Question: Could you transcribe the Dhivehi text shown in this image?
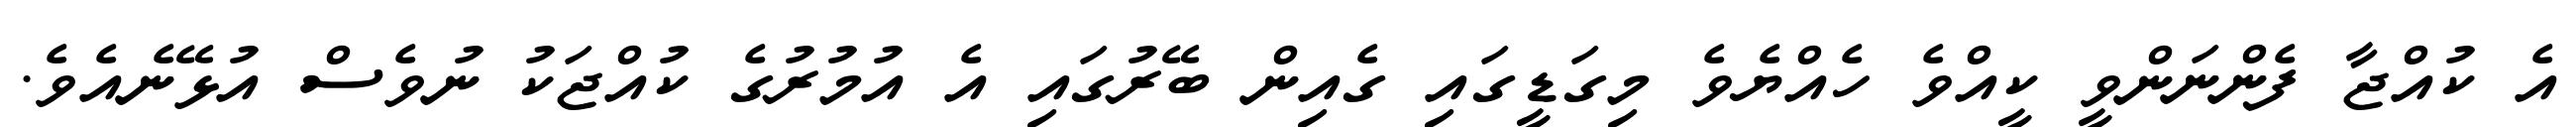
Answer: އެ ކުއްޖާ ފެންނަންވީ ކީއްވެ ހެއްޔެވެ މިގަޑީގައި ގެއިން ބޭރުގައި އެ އުމުރުގެ ކުއްޖަކު ނުވެސް އުޅޭނެއެވެ.